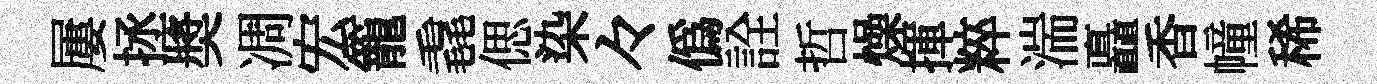
屢拯奬凋宏籠毳偲染々僞詮哲燥揮粹湍矗香幢稀